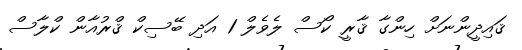
ޤައިދީންނަށް ހިންގާ ޤާރީ ކޯސް ލެވެލް 1 އަދި ބޭސިކް ޤްރުއާން ކްލާސް